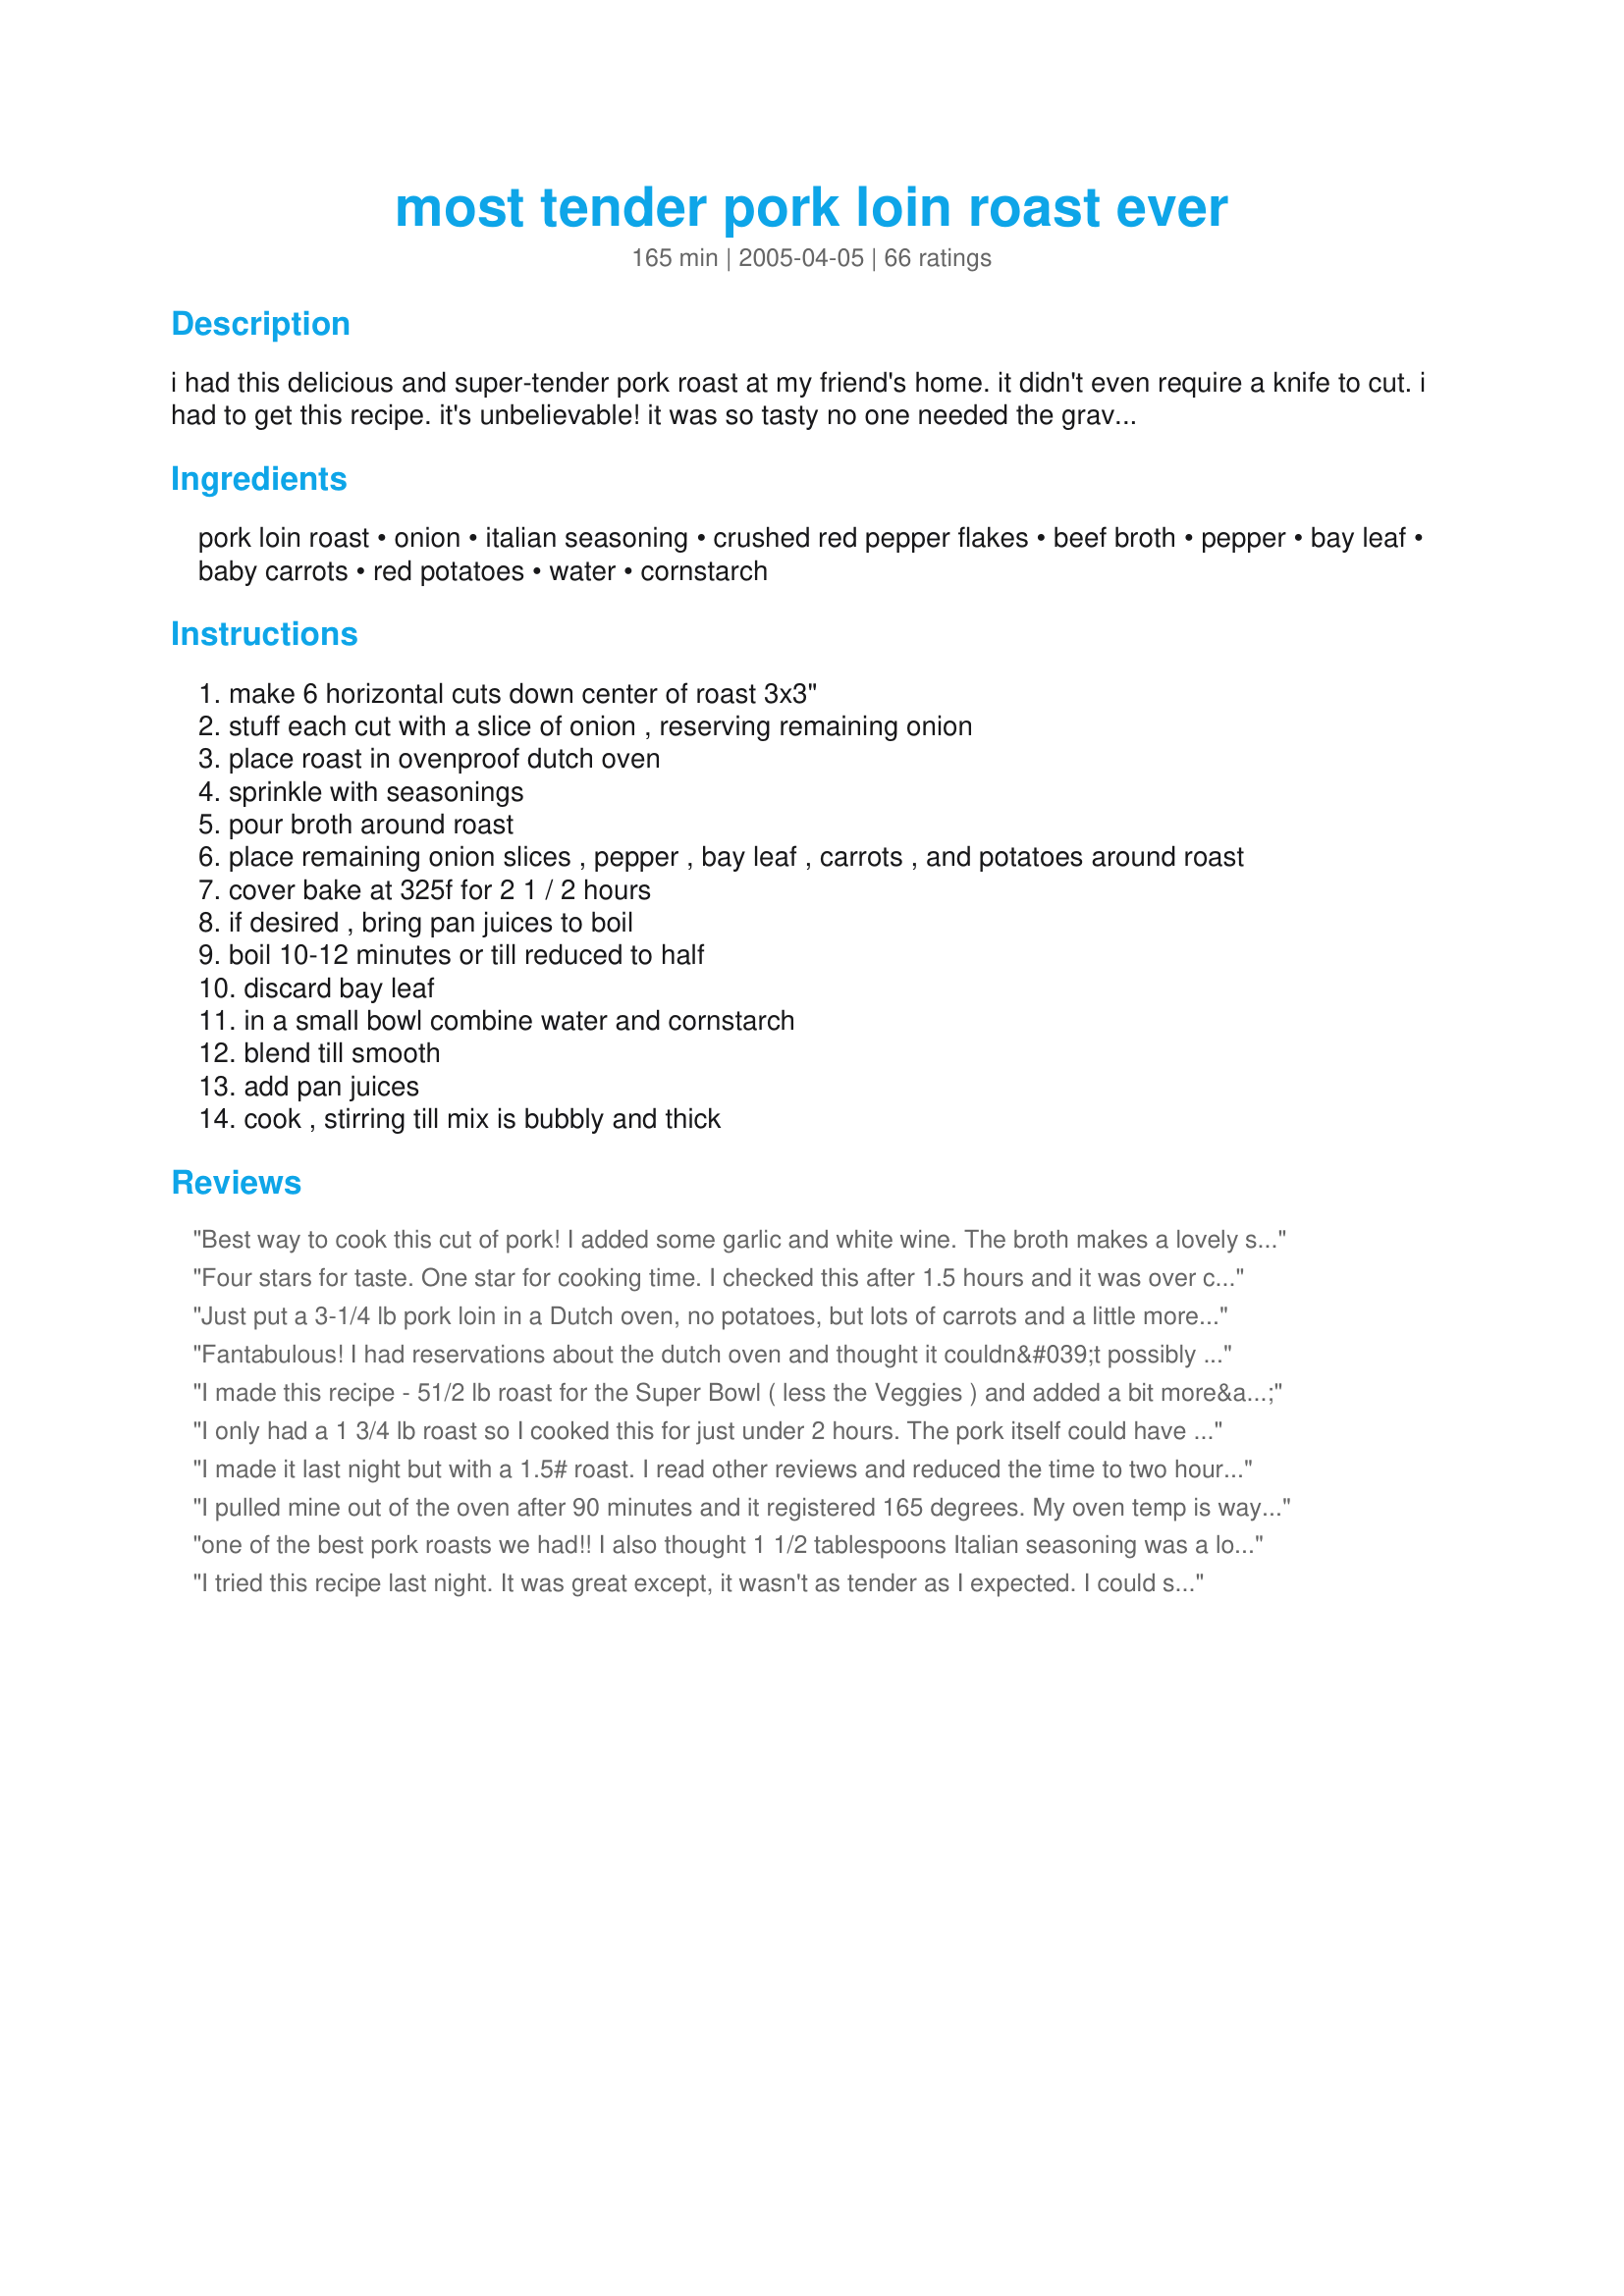
most tender pork loin roast ever
Preparation time: 165 minutes

i had this delicious and super-tender pork roast at my friend's home. it didn't even require a knife to cut. i had to get this recipe. it's unbelievable! it was so tasty no one needed the gravy, but the recipe is included just in case you want it.

Ingredients:
pork loin roast, onion, italian seasoning, crushed red pepper flakes, beef broth, pepper, bay leaf, baby carrots, red potatoes, water, cornstarch

Steps:
make 6 horizontal cuts down center of roast 3x3"
stuff each cut with a slice of onion , reserving remaining onion
place roast in ovenproof dutch oven
sprinkle with seasonings
pour broth around roast
place remaining onion slices , pepper , bay leaf , carrots , and potatoes around roast
cover bake at 325f for 2 1 / 2 hours
if desired , bring pan juices to boil
boil 10-12 minutes or till reduced to half
discard bay leaf
in a small bowl combine water and cornstarch
blend till smooth
add pan juices
cook , stirring till mix is bubbly and thick

Reviews:
Best way to cook this cut of pork! I added some garlic and white wine. The broth makes a lovely sauce. Will be making this often!
Four stars for taste. One star for cooking time. I checked this after 1.5 hours and it was over cooked. Most of what I read online said 20-25 minutes per pound. That would be about an hour for this roast not 2.5. I'll make it again but change the cooking time.
Just put a 3-1/4 lb pork loin in a Dutch oven, no potatoes, but lots of carrots and a little more broth! I like chicken broth with everything from sauerkraut to pork roasts. Will let you know what my husband thinks! He is the master or delicious pork roasts!
Fantabulous! I had reservations about the dutch oven and thought it couldn&#039;t possibly make as tender a roast as my recently deceased crock pot. I&#039;ve never been so happy to be wrong... The flavor was amazing, and it was fork tender and juicy. And the veggies were perfect. I threw some cauliflower in there also. This is a new family favorite! Thanks a million.
I made this recipe - 51/2 lb roast for the Super Bowl ( less the Veggies ) and added a bit more&lt;br/&gt;red pepper flakes to give it a little more zip, and WOW it was so delicious, and tender.&lt;br/&gt;Used the pan juices as a dip, and everyone just raved over it, and asked for the recipe.&lt;br/&gt;This recipe is a keeper, as this is the 1st time I&#039;ve been able to cook a Pork Loin so tender, and tasty. This is a 5 Star for sure.
I only had a 1 3/4 lb roast so I cooked this for just under 2 hours. The pork itself could have gone a little longer, it was still a little tough. The vegetables themselves were a little overdone for my taste. I sprinkled some Mrs. Dash and garlic powder on the potatoes and carrots to give them a little more flavor. I didn't make the gravy as I didn't want the extra calories. I will make this again using the proper size roast, but will cook the roast for about 20 - 30 minutes before adding the vegetables.
I made it last night but with a 1.5# roast. I read other reviews and reduced the time to two hours. It was perfect. It was very moist and could be cut with a fork. I would add salt &amp; pepper and reduce or delete the crushed red pepper - it made it a little too spicy. I might also exchange the onion slices with a clove of garlic. My gravy was too runny so next time I&#039;ll use more cornstarch. Otherwise, a wonderful, easy and fairly quick dinner. Thank you!
I pulled mine out of the oven after 90 minutes and it registered 165 degrees. My oven temp is way off or someone else's is out in the weeds. So dry and overcooked, I will slice it up, and let it soak in its broth, re-season tomorrow and salvage a fried rice dish.
one of the best pork roasts we had!! I also thought 1 1/2 tablespoons Italian seasoning was a lot and used 2 teaspoons. I did add salt also to the seasonings, Loved the red pepper flakes, they gave it a nice little kick. Mine only took 2 hours to be done. I also did thicken the juices, mmmmm delish!! I will be making this again, we ate half for dinner and have put the leftovers in a casserole for one day this week. Thanks for posting.
I tried this recipe last night. It was great except, it wasn't as tender as I expected. I could still cut it with a fork, but with a lot of force. Maybe I did something wrong. It was a pork roast from Central Market. I was expecting it to be super tender, I did cut the slices thinner. The temp of the roast when it was done, was 190 deg F. Wow! Any suggestions? Thanks.
Fall-apart tender and moist. Although I have a Dutch oven, because the tenderloin was only about 1.4 lb., I used a cast iron skillet with a tight fitting oven-proof lid. Used chicken broth and different seasoning blend and no bay leaf. Cooked meat at 300&deg; for an hour and then added carrots, potatoes, and mushrooms and cooked another 75 minutes. Veggies came out cooked but firm - cooking them the entire time makes them mush.
The fist Direction makes no sense. Surely the cuts should be VERTICAL. Also what does 3x3&quot; mean in this context? I think I&#039;ll use another recipe!
Oh Snap!!!!!! Best pork loin ever. My wife who thinks that every pork dish is dry and tough (even when it's not) loved this. So did I. Didn't follow the recipe exactly because we like rice with pork and I had some chicken broth in the fridge. Just cooked it with the Italian seasoning, onion and red pepper flakes and it was awesome. Sorry I didn't know how to add stars. 5 for sure
Fantastic! Exactly as recipe calls it!
My dh &amp; I really enjoyed this tasty recipe. The pork was tender and juicy, the potatoes, onions and carrotes were so full of flavor. It was a perfect meal. Quick and easy to throw together. Into my keeper box this goes. Thanks so much for sharing your recipe.
Finally a way to make MOIST,and JUICY pork loin. Thanks
I agree with the negative reviews, mine I only cooked for two hours at 300, and it was tough and flavorless. Carrots...I should have used regular carrots. Then too, the potatoes were mushy and overdone. Will look for a good recipe that uses a more tender cut of pork. Loin just ends up too tough and dried out. This was so negative after reading these good reviews, and looking forward to making, having it be such a disappointment, I have my door open and the ceiling fan going, trying to get the scent of this dish out of my apartment. At least my neighbor's dog will eat the pork, because I will not be eating it!!
This pork roast recipe turned out PERFECT! My adult son is usually very hesitant in eating anything pork as he thinks it is always dry and often lacks flavor. This roast went over so well he had seconds! It was very very moist and exceedingly flavorful. I only changed 2 things with this recipe. I added garlic along with the onions and I roasted at 300 degrees for 4 hours.
If I cut six lines at 3&quot; apart, the roast would have to be more than 15&quot; in length.
This is delicious! I also reduces the seasonings, but the red pepper is key! I also browned it on the stove before finishing it off in the oven. Easy and delicious! My kids love it.
I just made this today, made a few small changes, I used chicken broth instead of beef both and when I made the slits in the roast I stuffed it with the onion and some chopped garlic. I also cooked it for 3 hours at 300 degrees, it was so amazing! Delicious! I could cut it with a spoon
Pork loin (NOT tenderloin) has been on sale a lot this year, and I had never tried this cut. I saw this recipe and chose it over others because it is super easy and I am super lazy! So glad I did! I have made it 5 or 6 times already and am much impressed every time. If you choose to make the gravy, it is wonderful as well. The tender meat can be shredded and used in bbq sandwiches or mexican dishes, but it is delicious as a sliced roast--be sure to let it rest a while to get nice slices. Thanks for this one!
My pork loin roast is 5 pounds. Is the cooking time doubled to 5 hours?
Absolutely delicious!!!!!! I did cook it in the slow cooker however but I will definitely be making this again
I did as suggested by another reviewer, and reduced the amount of Italian seasoning. It turned out great! I also added a little bit of salt to the gravy, to taste, but that's up to the individual of course. Fantastic recipe, ShaGun. Thank you!
So simple.... the fact you don't need to sear the meat first is a huge help. Be sure to cook the full time, until it practically falls apart.
I must've done something wrong as my pork loin came out tough and flavorless. I followed the recipe added a few cloves of garlic. Vegetables were wonderful though... I'll leave unrated as it was probably my fault. Thanks for the recipe though...
This was very good and easy BUT the cooking time is too long. Next time, I would only go 2hrs. Also, I covered the roast in a spice mixture and browned it. I used 1/2 broth and 1/2 red wine.
Pork loin was tough and had little flavor. Followed recipe exactly. There are far better recipes to use. Will not be making this recipe a second time.
I have NEVER been able to make a pork roast that wasn't dry. Came across this recipe, and with some variations I have finally make a roast that will fall apart with a fork. 1. I put the tenderloin in a brine solution of 3 cups cold water, 1/4 cup salt and a 1/4 cup packed brown sugar. I didn't have a baggie so I used a storage container and put it in the fridge for six hours. 2. I used my own spice mixture with salt, pepper, garlic powder and cayenne pepper. After taking the pork out of the brine solution, I patted it dry with a paper towel and put the pork in the dutch oven. I sprinkled with my spice mixture. I put both onion and a sliver of garlic in the slits. 3. I covered the pot then cooked the roast at 300 degrees for one hour then added the potatoes and carrots and continued to cook for two more hours. Three hours all together. I made the gravy out of the drippings. This roast was so delicious and so tender I couldn't believe it.
CUTS WITH A SPATULA. I went 3 hours at 300 because it was almost 5 pounds. So I read some bad dry comments. Others said they think you didn't put a lid on. Guess what they are right. Nothing else can explain it. I had to add more broth and so on as my Loin was bigger, but I am amazed and picture should have you amazed too.
Unfortunately I did not trust my culinary sense as I followed the recipe basically as it was presented. I thought that the cooking time was excessive as most recipes for pork loin suggest 20 to 25 minutes per pound. I had a 2 1/4 lb. boneless pork sirloin roast and regrettably it was horribly overcooked after 2 hours and really dried out the meat - far from being juicy. The vegetables were well cooked and I had no issues with them. I’ll try this recipe again with a much shorter cooking time.
I saw this recipe and decided to try it. Our bottle of Italian spice was pretty old so I used 1 tbsp of the Italian spice and 1/4 tsp each of rosemary, thyme, oregano, and sage. Everything else was exactly per the recipe. The roast was about 2.4 lbs. I decided to check it after 1 h 45 min and it was already done, maybe because we have a convection oven? The meat temp was 195 and I was afraid I had ruined it, but I hadn&#039;t. It was moist, could be cut with a fork, and incredibly flavorful. So were the veggies. Definitely a keeper, and soooo easy! My husband loved it.
This was just excellent! You could cut the meat with your fork, so tender and juicy. My roast was small so just made cuts about 1&amp;1/2 inches apart. Just sprinkled on the seasonings, didn't measure. So simple and so very good. Thx for sharing this gem!
OK I made this last night. It was truly the most tender pork loin roast I have ever cooked. It came out delicious. I dont have a dutch oven, so I used a roasting bag. Thought I would get a similar result. When it was done, it did fall apart. The veggies were not overcooked. Was delish! Made gravy from the juices and invited some friends over for dinner.
Made this and was very disappointed. Meat was dry had no flavor and cooked quicker then recipe called for. Will not make this again
Calling this the most tender pork loin ever is a bit of a stretch! My husband and I found it so dry we are considering throwing the whole thing away. For one thing, bay leaf just doesn't work with pork loin. Baby carrots were hard after 3 hours of cooking and don't taste as good as regular carrots. The only thing worth eating were the potatoes. Note sure there are any cooking methods to actually make a &quot;fall apart&quot; pork loin...it ain't gonna happen cuz there is so little fat in between the muscle fibers. Another cut of pork with more fat would probably work better. Hubbie actually decided to throw away his portion of meat.
This is the first time I actually bother signing up to leave a comment. I used a 5Lb center cut pork loin and followed every step (doubling the quantities of course)... it came out SO tender... SO moist... don't even need a knife!! The vegetables were perfectly cooked too!!
Was awesome EXCEPT i ONLY did 2 hours and should have done LESS time!! Definitively too long a time in your recipe and needs to be corrected! ... but i managed to have moist roast as i had the MOST delicious gravy for it - i USE a packet of onion soup mix with 2 cups of water instead of the beef broth and had plenty of onions, potatoes and carrots !!
I was looking for a basic recipe that I could change the spices and still have a great tasting, tender pork loin. This was it. I replaced brown sugar for the Italian spices and inserted peeled ginger slices for the onion in the pork loin. I kept the vigils the same. Amazing. The gravy is also easy to make. Thanks.
I was hesitant about making this because of reviews of it being dry but this turned out delicious. Changed a little seasoning cause the rest if this 4.8 lb pork loin is going into pork Chile verde. Used the veggies under the roast as a rack, same amount of liquid and it took 2 1/2 hours to cook. Really tender, not dry. Maybe those folks didn't cover theirs. Thanks for posting this recipe.
Made this last night. .Absolutely outstanding and incredibly easy. My husband called it a &quot;PB&quot; (personal best). Will definitely be making this again
Oh my gosh! This was the juiciest and tastiest pork loin roast recipe ever. I did however wrap mine with 6 slices of bacon which permeated the roast nicely:) Thanks for recipe!
If by tender and juicy, you mean dry and tough, then other reviewers hit it on the nose!! This was a horrible recipe. How can you cook a pork loin (very lean with no marbeling) for 2.5 hours and have it come out &quot;fork&quot; tender??
When it comes to cooking time, this will vary oven to oven (if you are using a Dutch oven). If your roast is tough but still mostly immersed in broth, just give it more time to break the pork down. My roast took a full 3 hours to cook. I subbed potatoes with mushrooms and beef broth with chicken stock. I also seared both sides of the pork before I put it in with all the ingredients. Came out absolutely delicious. We paired our pork with corn bread and arugula salad. What a great dish.
I will never fix a pork roast any other way! Moist, flavorful. I roasted the carrots and onions with the meat but made mashed potatoes and smothered them in the gravy.
I searched the internet for the most moist pork roast recipe and found this. First time cooking it and it was got rave reviews. Here are some things I changed. Do not have a dutch oven so I used an anodized turkey basting pan. I chose to use vegetable broth instead of beef broth. And I used sliced mushrooms as another vegetable. It was moist and delish. My roast was the kind that has a little bit of fat on it not the real lean pork roast that you can find sometimes already seasoned or plain. So when opened my pork roast there was actually 2 roasts tied together with string if that helps any. I added all veggies (except for onion and garlic) after the roast had cooked for 1 hour. And I did not use the juice to make gravy as I wanted the roast to soak up juice but made pork gravy packets. Everyone raved over this recipe will definitely keep and make again.
I've made this three times now. First time I followed the recipe exactly but used reg carrots. It turns out absolutely delicious every time! For those whose turn out dry, I wonder if it was covered while baking? I cannot understand how it went so wrong! I don't have a Dutch oven, I've used three different casserole type ovenware and no matter the dish it's always perfect. Thanks for giving our family a new favourite ????
This is an excellent and versatile recipe. You want easy and delicious - look no further. Never a disappointment or dry pork loin roast here!
My roast turned out with very good flavor, but oh my was it ever dry. My roast was 3 1/2 lbs, and it was a pork loin and not a tenderloin. I will definitely make again but will either reduce the temperature or the cooking time.
Horrible recipe...no flavor...pork is tough....even dog opted out of eating.
I followed this recipe to the T on everything except for italian seasoning which I used a partial packet of Good Season's Italian Salad dressing mix. It was absolutely the best pork roast I have ever made. Kuddos ShaGun!
This came out very tender and tasty. Next time I'll only use about 2 tsp. of the Italian Seasoning as it seemed to overpower the other flavors. The leftovers are going to make a fantastic stew for tonight! Thank you ShaGun for sharing this very good, very easy recipe!
I am going to try this recipe tonight, but in reading the reviews I am wondering if some people used pork tenderloin instead of pork loin roast? There would definitely be a difference in how long to cook, etc. I am using a pork loin roast tonight for this recipe. I will post again after I try it. :) Thanks for all the reviews.
This is the best pork loin roast I have ever tasted!!! (Not to be confused with the small round pork tenderloins) this is by far the B~E~S~T!!! Do not change a thing...The veggies came out delish...It is an ultimate KEEPER!!! I don't give reviews like this lightly....Even my pickey Pickey PICKEY husband loved it!!! Ummmm the gravy!!! Don't pre brown the roast...It really does brown itself...Very easy prep....Quick, Yummy & Easy!!!
The worst recipe ever. I made it exactly as it was printed, in my 8qt Dutch oven, and it was overcooked, tough and headed toward my garbage can. The recipe may as well say - buy all these ingredients, open your trash can, and toss them in. I don't believe any of the positive reviews at all, and I don't think you should either. Save your money, and move on.
I followed the directions exactly and although it tasted good, the roast had to be the driest piece of meat that I've ever had. It went straight into the garbage.
I read all of the reviews so tested everything at 90 minutes. Potatoes were done so removed them and added back 10 minutes before dinner. Used a pork Tenderloin in sections because that is what I had in freezer and still cut slits for onions. Used baby carrots, thumb sized, not the little skinny fingerlings. Everything was perfect and husband called it &quot;amazing&quot;. I used a La Creuset cast iron, porcelain coated, dutch oven. I don't know why others had poor luck with this recipe because a lid on a dutch oven holds in the moisture and with a can of broth, this should not turn out dry .
Moist &amp; juicy my family loved it!! Super easy to make. It tastes delicious. I&#039;m definitely going to make this for our Sunday dinners &amp; holidays!!
made this last night! i won&#039;t make it any other way again. instead of carrots, i did corn on the cob. fantastic!!
TONIGHT!!
I have tried at least 100 different recipes for pork roasts over the years, they all seemed to lack something, flavor, too dried out, etc. This one is so flavorful, moist, and just down right melt in your mouth good. Takes no time whatsoever to put together and throw in the oven and the results make you look like a rock star! The veggies come out perfect and the broth is just out of this world good. Who would have thought this could be accomplished in a Dutch oven? And who doesn&#039;t love a one pot delicious meal. All those &quot;other&quot; pork roast recipes......they no longer exist here in our house anymore. Just can&#039;t beat perfection.
Omg!!!!! Easiest I pork roast I have ever done! Tender and juicy not dry at all. I did substitute on the spices. I used a coffee rub with real maple syrup on top. I put minced garlic in the cuts along with the onions. It was amazing!
This was very tasty and simple. I didn't have any potatoes to put in, but will add them the next time I make this dinner.
Tender and tasty. Just added some crushed garlic because Trinis prefer loads of flavor on pork.
I tried this recipe but with a smaller roast, and I don&#039;t own a roasting pan, so I used a baking pan with foil over it. I only cooked it for about 1hr 35 min because it was only about 1 1/2-2 lb roast. Veggies were just perfect; wouldn&#039;t have wanted them any more done. The roast wasn&#039;t quite as tender as others seem to report it should be, but that could be because either I didn&#039;t cook it long enough, or I was using a foil lid. Still, it was excellent! Great flavour, meat wasn&#039;t tough. Gravy was very tasty. Will definitely make again.
